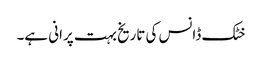
خٹک ڈانس کی تاریخ بہت پرانی ہے۔